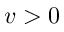
v > 0